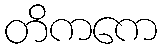
တိကကေ